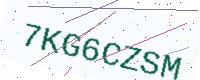
Text: 7KG6CZSM